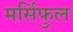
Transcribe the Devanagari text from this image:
मर्सिफुल